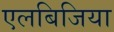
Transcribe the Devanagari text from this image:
एलबिजिया